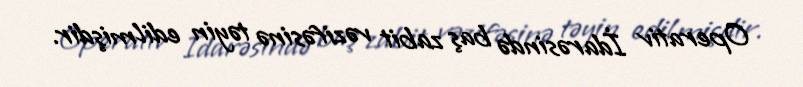
Operativ İdarəsində baş zabit vəzifəsinə təyin edilmişdir.